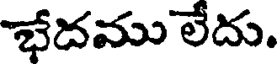
భేదము లేదు.